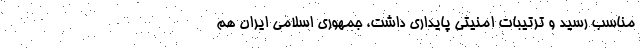
مناسب رسید و ترتیبات امنیتی پایداری داشت، جمهوری اسلامی ایران هم